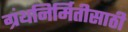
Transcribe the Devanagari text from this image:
ग्रंथनिर्मितीसाठी